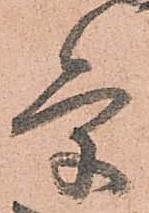
条